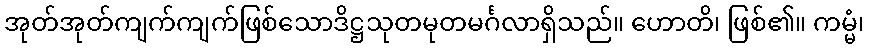
အုတ်အုတ်ကျက်ကျက်ဖြစ်သောဒိဋ္ဌသုတမုတမင်္ဂလာရှိသည်။ ဟောတိ၊ ဖြစ်၏။ ကမ္မံ၊